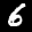
Label: 6